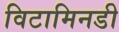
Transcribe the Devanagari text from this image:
विटामिनडी